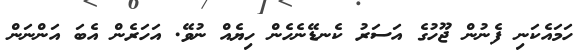
ހަމައެކަނި ފެނުން ޖޫހުގެ އަސަރު ކެނޑޭނެހެން ހިޔެއް ނުވޭ. އަހަރެން އެބަ އަންނަން